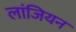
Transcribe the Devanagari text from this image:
लांजियन